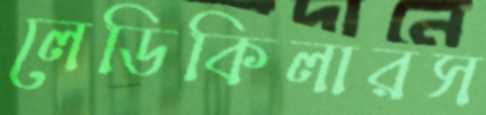
লেডিকিলারস